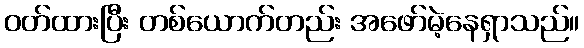
ဝတ်ထားပြီး တစ်ယောက်တည်း အဖော်မဲ့နေရှာသည်။